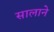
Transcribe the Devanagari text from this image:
सालाने